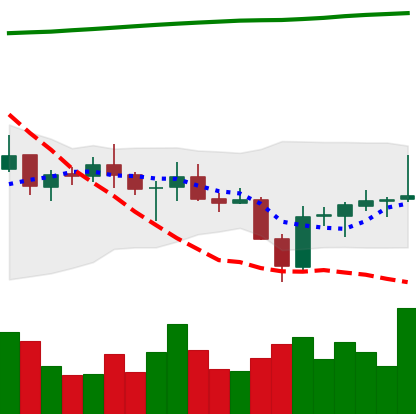
Ticker: BNB-USD
Chart end date: 2021-07-26
Forward return: 9.548%
Label: up_7plus